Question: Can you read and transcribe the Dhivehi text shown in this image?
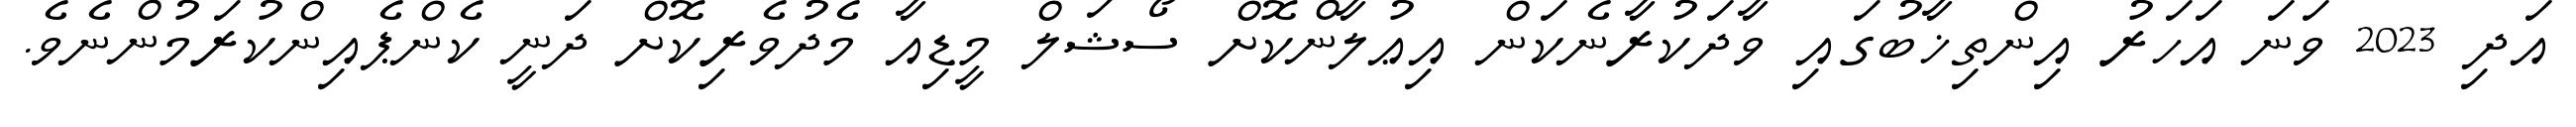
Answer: އަދި 2023 ވަނަ އަހަރު އިންތިޚާބުގައި ވާދަކުރާނެކަން އިޢުލާންކޮށް ސޯޝަލް މީޑިއާ މެދުވެރިކޮށް ދަނީ ކެންޕެއިންކުރަމުންނެވެ.